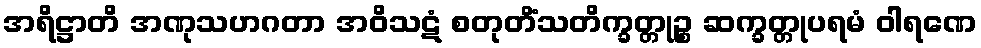
အရိဋ္ဌာတိ အဏုသဟဂတာ အဝိသဋံ စတုတိံသတိက္ခတ္တုဉ္စ ဆက္ခတ္တုပရမံ ဝါရဏေ